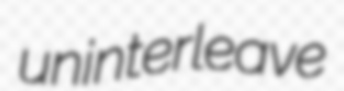
uninterleave